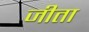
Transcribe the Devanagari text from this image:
जीता